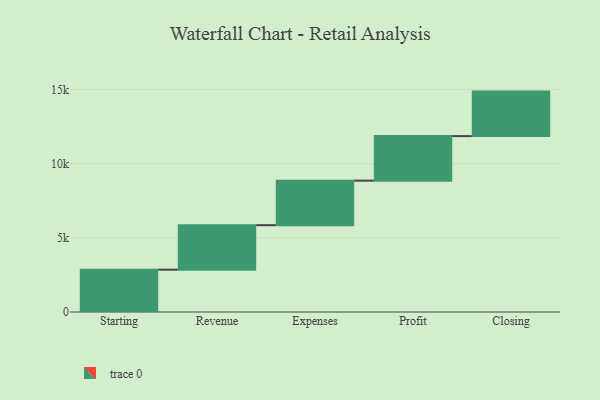
{"axis": {"x": "Step", "y": "Value"}, "legend": [""], "data": [{"x": "Starting", "y": 2852.0, "type": ""}, {"x": "Revenue", "y": 3000, "type": ""}, {"x": "Expenses", "y": 3000, "type": ""}, {"x": "Profit", "y": 3000, "type": ""}, {"x": "Closing", "y": 3000, "type": ""}]}